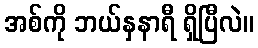
အစ်ကို ဘယ်နှနာရီ ရှိပြီလဲ။